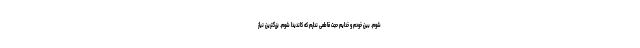
شوم. بین خودم و خدایم حجت قاطعی ندارم که کاندیدا شوم. بزرگترین نیاز